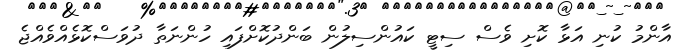
އާންމު ކުނި އަޅާ ކޮށި ވެސް ސިޓީ ކައުންސިލުން ބަންދުކޮށްފައި ހުންނަތާ ދުވަސްކޮޅެއްވެއްޖެ